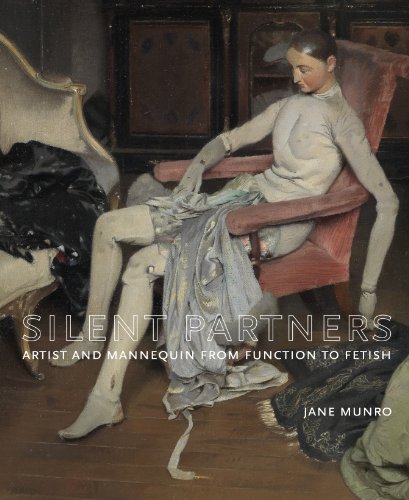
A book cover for Silent Partners: Artist and Mannequin from Function to Fetish; Jane Munro; Crafts, Hobbies & Home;